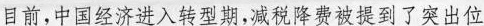
目前，中国经济进入转型期，减税降费被提到了突出位